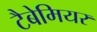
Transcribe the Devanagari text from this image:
टैबेमियर